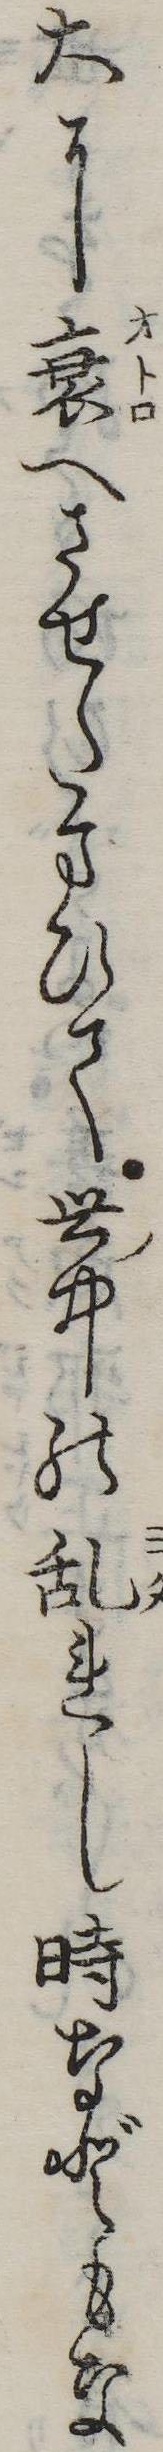
大に衰へさせたまひて世中の乱れし時などもな